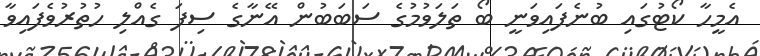
އެމީހާ ކޯޓުގައި ބުނެފައިވަނީ ބޯ ތަލަވުމުގެ ސަބަބުން އޭނާގެ ސިފަ ގެއްލި ހުތުރުވެފައިވާ